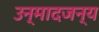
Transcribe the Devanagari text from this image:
उन्मादजन्य